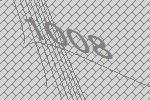
1008